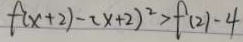
f ( x + 2 ) - ( x + 2 ) ^ { 2 } > f ( 2 ) - 4